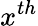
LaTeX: x^{th}